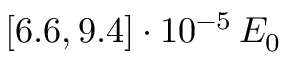
[ 6 . 6 , 9 . 4 ] \cdot 1 0 ^ { - 5 } \, E _ { 0 }